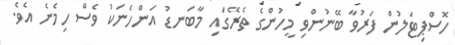
ހޮސްޕިޓަލުން ފަރުވާ ބޭނުންވި މީހުންގެ ތެރޭގައި މާބަނޑު އަންހެނަކު ވެސް ހިމެނެ އެވެ.